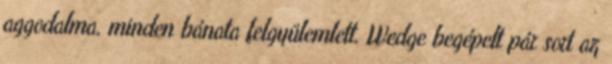
aggodalma, minden bánata felgyülemlett. Wedge begépelt pár sort az